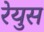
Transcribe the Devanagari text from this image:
रेयुस